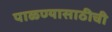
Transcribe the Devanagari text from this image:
पाळण्यासाठीची